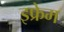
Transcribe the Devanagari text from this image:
इफ्रेम